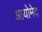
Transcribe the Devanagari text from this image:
आयोमेद